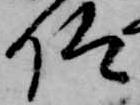
仰